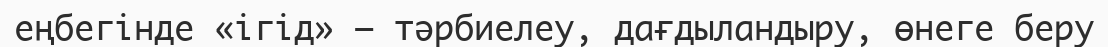
еңбегінде «ігід» — тәрбиелеу, дағдыландыру, өнеге беру